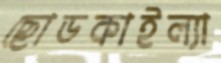
ছোডকাইল্যা